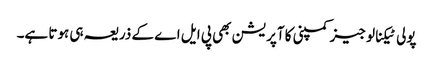
پولی ٹیکنالوجیز کمپنی کا آپریشن بھی پی ایل اے کے ذریعہ ہی ہوتا ہے۔